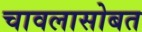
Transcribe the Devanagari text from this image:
चावलासोबत